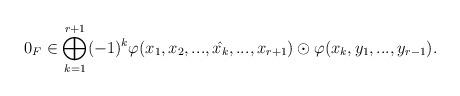
LaTeX: \begin{align*}0_F \in \bigoplus_{k=1}^{r+1}(-1)^k\varphi(x_1,x_2,...,\hat{x_k},...,x_{r+1})\odot \varphi(x_k,y_1,...,y_{r-1}).\end{align*}